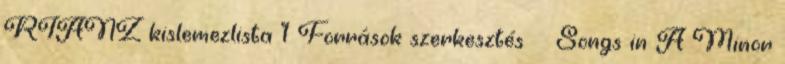
RIANZ kislemezlista 1 Források szerkesztés ↑ Songs in A Minor